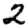
Digit: 2